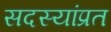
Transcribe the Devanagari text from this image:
सदस्यांप्रत